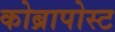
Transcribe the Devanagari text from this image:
कोब्रापोस्ट